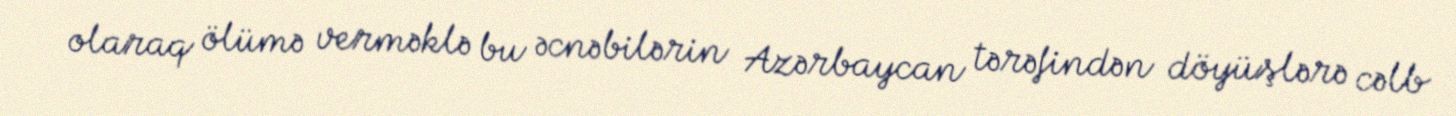
olaraq ölümə verməklə bu əcnəbilərin Azərbaycan tərəfindən döyüşlərə cəlb